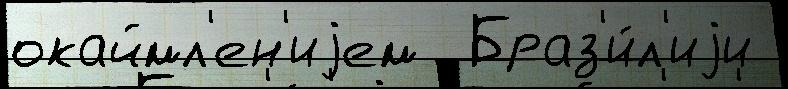
окаймл'ен'иjем  Браз'и́л'иjи